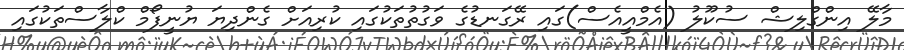
މާލޭ އިންގްލިޝް ސުކޫލު (އެމްއީއެސް)ގައި ރޭގަނޑުގެ ވަގުތުތަކުގައި ކުރިއަށް ގެންދިޔަ ޔުނީފޯމް ކްލާސްތަކުގައި